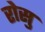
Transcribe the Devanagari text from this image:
रोसु